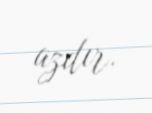
azdır.